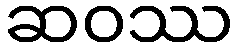
ဆဝဿ